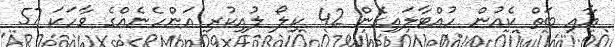
އާއި ބަތް ކެއުން ހުއްޓާލައިގެން 42 ކިލޯ ލުއިކުރި އަންހެނެއްގެ ވާހަކަ 57